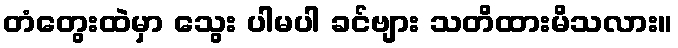
တံတွေးထဲမှာ သွေး ပါမပါ ခင်ဗျား သတိထားမိသလား။